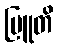
ဗြူတိ